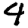
Digit: 4